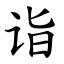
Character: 诣